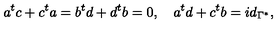
a ^ { t } c + c ^ { t } a = b ^ { t } d + d ^ { t } b = 0 , \quad a ^ { t } d + c ^ { t } b = i d _ { \Gamma ^ { * } } ,